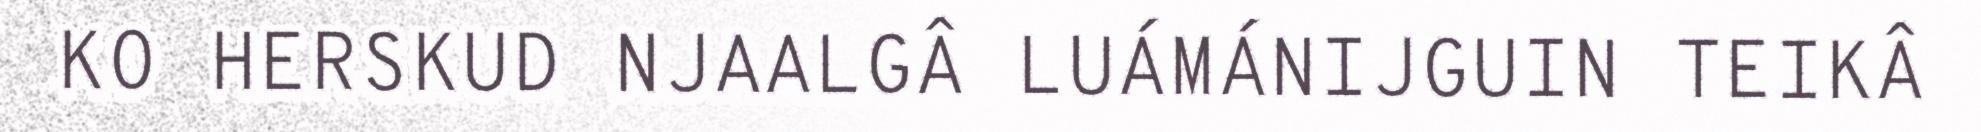
KO HERSKUD NJAALGÂ LUÁMÁNIJGUIN TEIKÂ